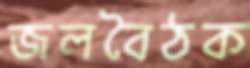
জলবৈঠক